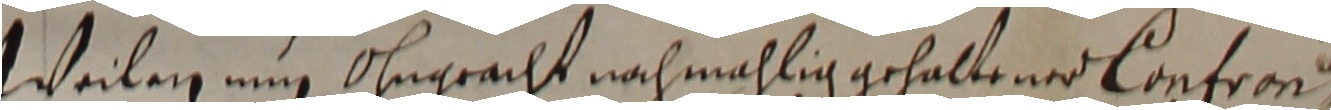
Weilen nug ohngracht nochmahlig gehaltene confron